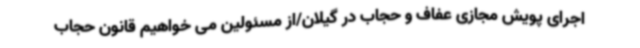
اجرای پویش مجازی عفاف و حجاب در گیلان/از مسئولین می خواهیم قانون حجاب